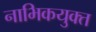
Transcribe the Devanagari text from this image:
नाभिकयुक्त